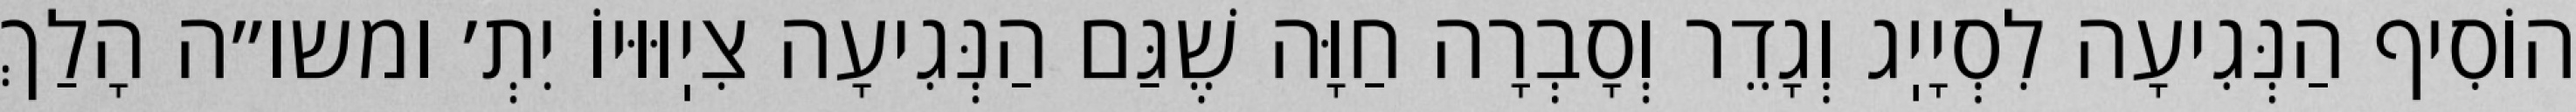
הוֹסִיף הַנְּגִיעָה לִסְיָיֽג וְגָדֵר וְסָבְרָה חַוָּה שֶׁגַּם הַנְּגִיעָה צִיֽוּוּיוֹ יִתְ׳ ומשו״ה הָלַךְ